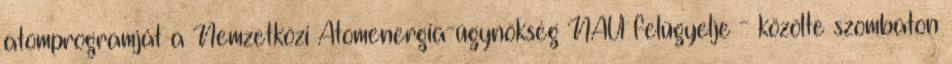
atomprogramját a Nemzetközi Atomenergia-ügynökség NAÜ felügyelje - közölte szombaton